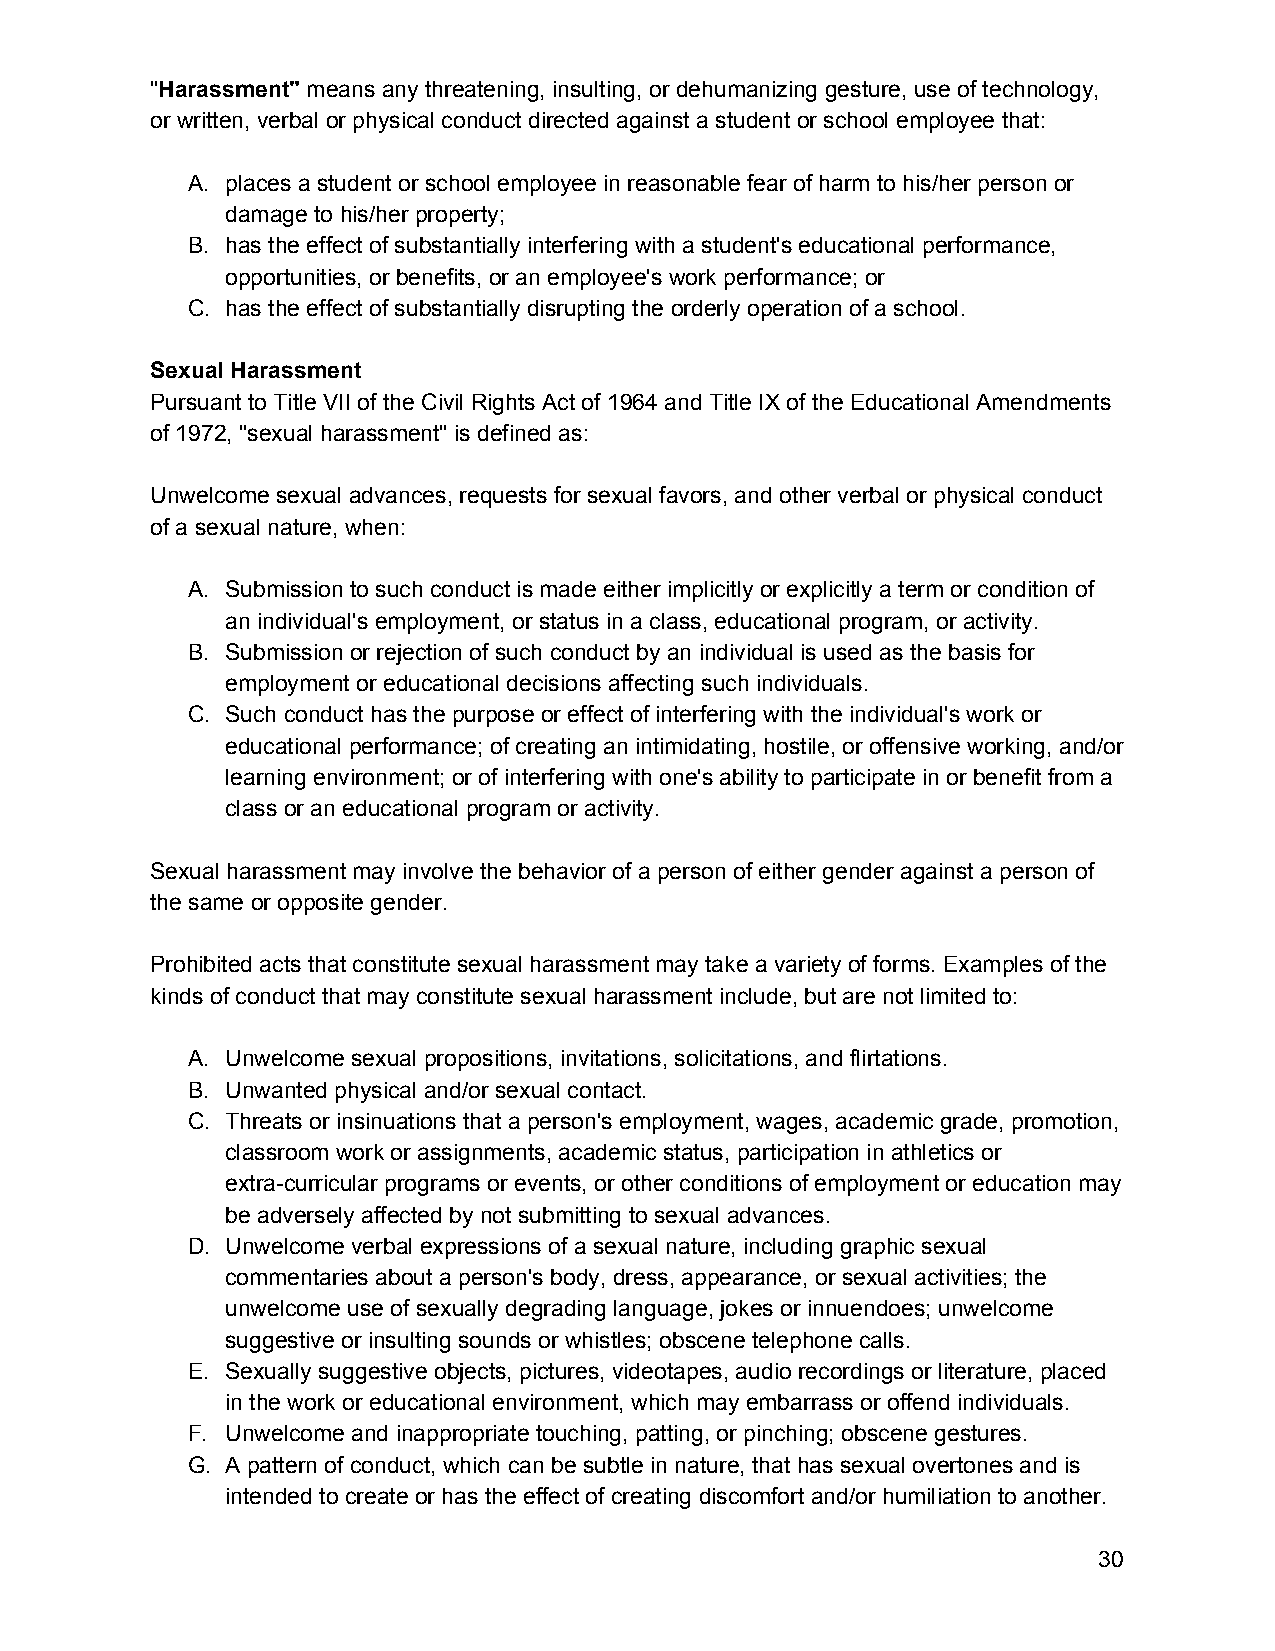
"Harassment" means any threatening, insulting, or dehumanizing gesture, use of technology,
 ​         ​
 or written, verbal or physical conduct directed against a student or school employee that:
 A. places a student or school employee in reasonable fear of harm to his/her person or
 damage to his/her property;
 B. has the effect of substantially interfering with a student's educational performance,
 opportunities, or benefits, or an employee's work performance; or
 C. has the effect of substantially disrupting the orderly operation of a school.
 Sexual Harassment
 Pursuant to Title VII of the Civil Rights Act of 1964 and Title IX of the Educational Amendments
 of 1972, "sexual harassment" is defined as:
 Unwelcome sexual advances, requests for sexual favors, and other verbal or physical conduct
 of a sexual nature, when:
 A. Submission to such conduct is made either implicitly or explicitly a term or condition of
 an individual's employment, or status in a class, educational program, or activity.
 B. Submission or rejection of such conduct by an individual is used as the basis for
 employment or educational decisions affecting such individuals.
 C. Such conduct has the purpose or effect of interfering with the individual's work or
 educational performance; of creating an intimidating, hostile, or offensive working, and/or
 learning environment; or of interfering with one's ability to participate in or benefit from a
 class or an educational program or activity.
 Sexual harassment may involve the behavior of a person of either gender against a person of
 the same or opposite gender.
 Prohibited acts that constitute sexual harassment may take a variety of forms. Examples of the
 kinds of conduct that may constitute sexual harassment include, but are not limited to:
 A. Unwelcome sexual propositions, invitations, solicitations, and flirtations.
 B. Unwanted physical and/or sexual contact.
 C. Threats or insinuations that a person's employment, wages, academic grade, promotion,
 classroom work or assignments, academic status, participation in athletics or
 extra-curricular programs or events, or other conditions of employment or education may
 be adversely affected by not submitting to sexual advances.
 D. Unwelcome verbal expressions of a sexual nature, including graphic sexual
 commentaries about a person's body, dress, appearance, or sexual activities; the
 unwelcome use of sexually degrading language, jokes or innuendoes; unwelcome
 suggestive or insulting sounds or whistles; obscene telephone calls.
 E. Sexually suggestive objects, pictures, videotapes, audio recordings or literature, placed
 in the work or educational environment, which may embarrass or offend individuals.
 F. Unwelcome and inappropriate touching, patting, or pinching; obscene gestures.
 G. A pattern of conduct, which can be subtle in nature, that has sexual overtones and is
 intended to create or has the effect of creating discomfort and/or humiliation to another.
 30